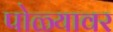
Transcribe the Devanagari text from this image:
पोळ्यावर